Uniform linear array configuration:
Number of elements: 8
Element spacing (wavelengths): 0.5
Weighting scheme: hamming
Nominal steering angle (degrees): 30
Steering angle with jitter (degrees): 31.004
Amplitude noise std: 0.05
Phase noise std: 0.05

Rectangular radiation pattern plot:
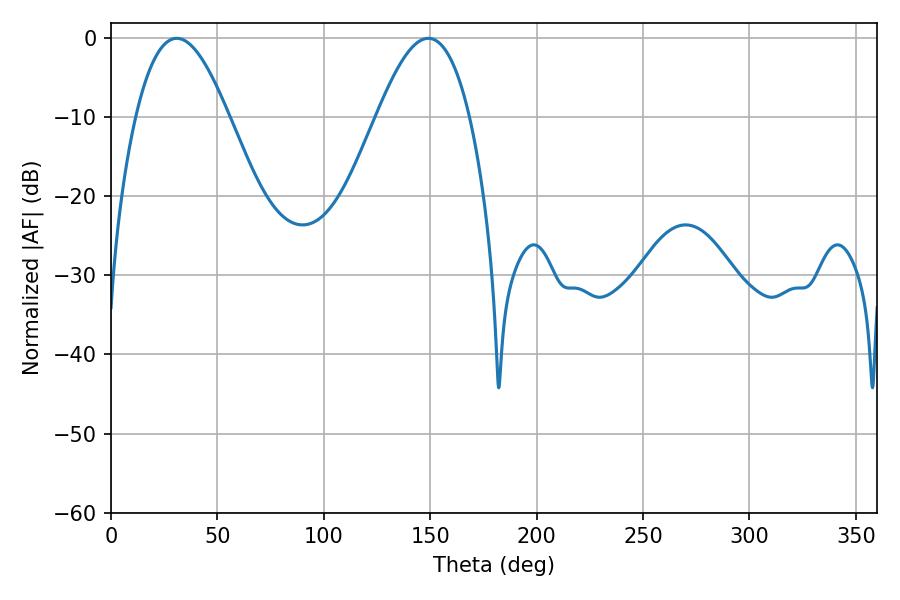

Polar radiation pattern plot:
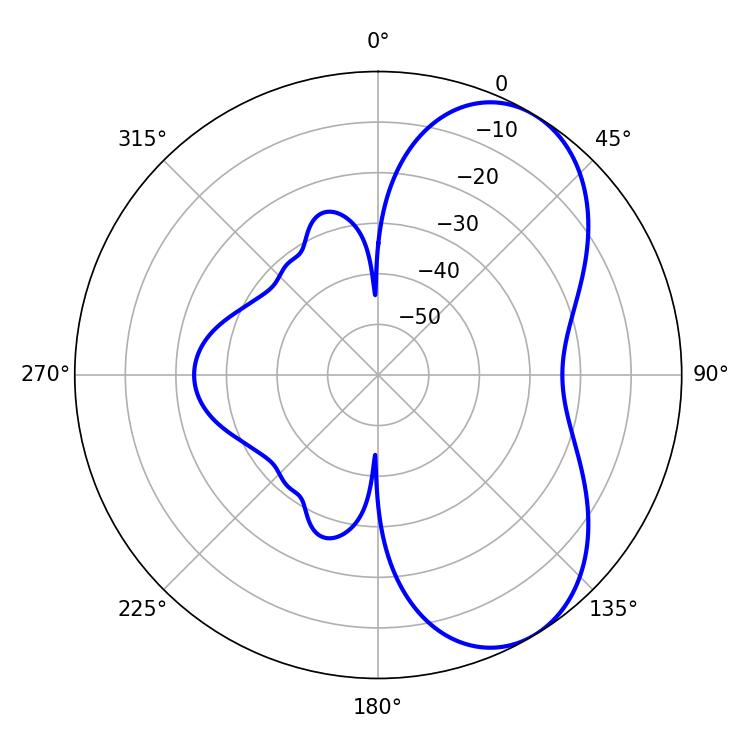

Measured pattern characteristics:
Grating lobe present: FALSE
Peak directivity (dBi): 6.206
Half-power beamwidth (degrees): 23.76
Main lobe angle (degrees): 30.96